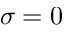
\sigma = 0